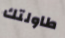
طاولتك